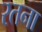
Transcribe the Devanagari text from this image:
रतना